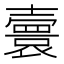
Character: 𡕅